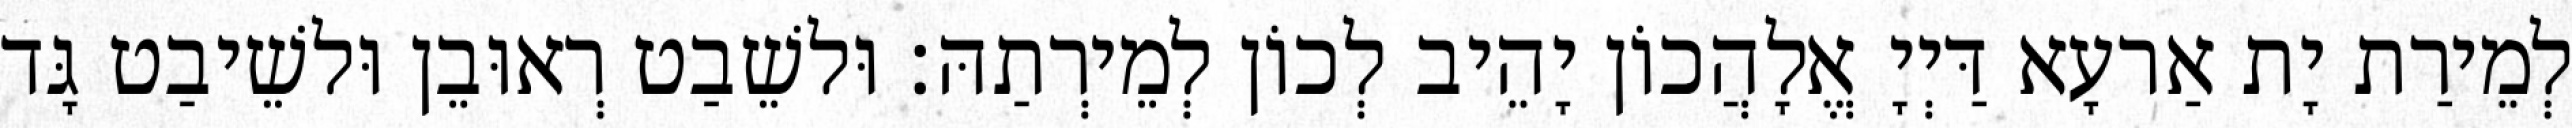
לְמֵירַת יָת אַרעָא דַּיְיָ אֱלָהֲכוֹן יָהֵיב לְכוֹן לְמֵירְתַהּ׃ וּלשֵׁבַט רְאוּבֵן וּלשֵׁיבַט גָּד